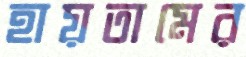
হায়তামের